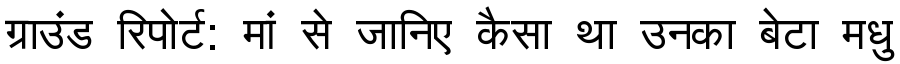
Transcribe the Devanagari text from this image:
ग्राउंड रिपोर्ट: मां से जानिए कैसा था उनका बेटा मधु